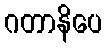
ဂတာနိပေ